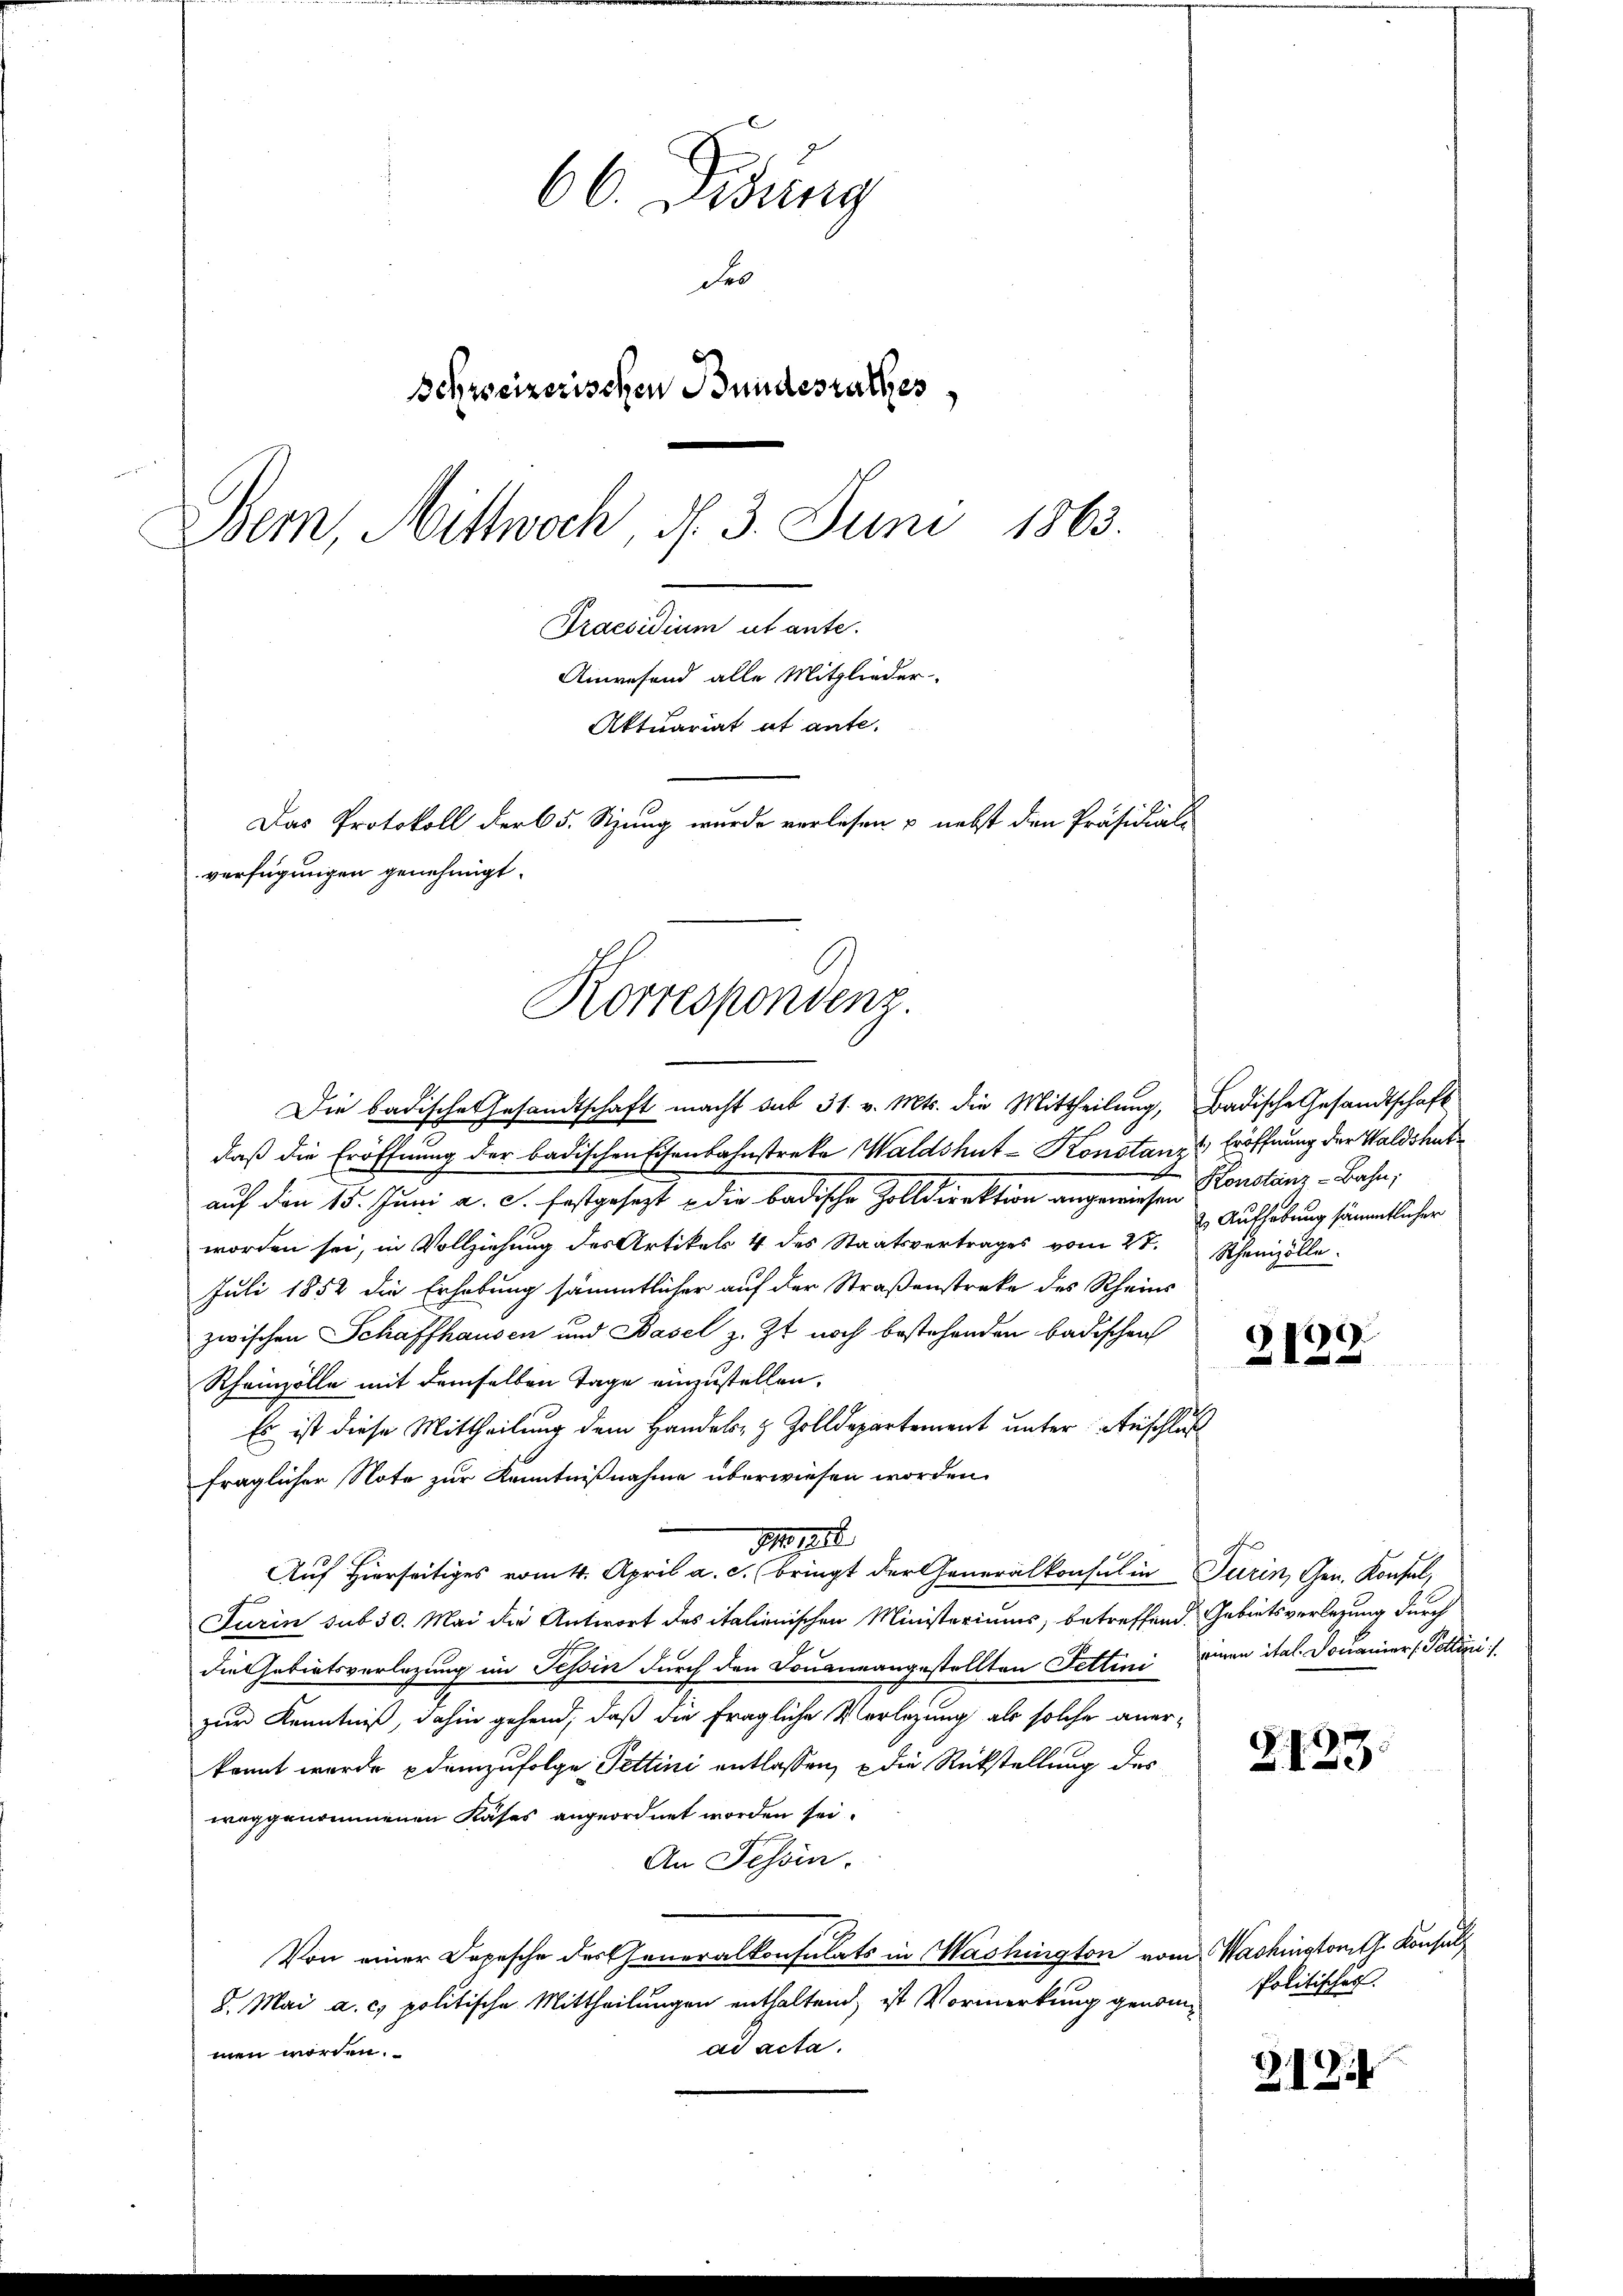
66. Fidung
Fr
Schweizerischen Bundesrathes
Bern, Mittwoch, d. 3. Juni 1863.
Praesidum abante.
Annrefend alle Mitglieder-
Aktuariat et ante-
Das Protokoll der 65. Sizung wurde verlesen & nebst den Präsidial-
verfügungen genehmigt.

Korresponvenz.
Die badische Gesandtschaft macht sub 31. v. Mts. die Mittheilung, Badische Gesandtschaft

daß die Eröffnung der badischen Eisenbahnstreke Waldshut-Konstanze Eröffnung der Waldshutauf den 15. Juni a. c. festgesezt die badische Zolldirektion angewiesen Konstanz - Bahn,
worden sei, in Vollziehung des Artikels 4 des Staatsvertrages vom 28. Rheinzölle
Juli 1852 die Erhebung sämmtlicher auf der Straßenstreke des Rheins
zwischen Schaffhausen und Basel z. Zt. noch bestehenden badischen
Rheinzölle mit demselben Tage einzustellen.
Es ist diese Mittheilung dem Handels- & Zolldepartement unter Anschluß
fraglicher Note zur Kenntnißnahme überwiesen worden.
No 1288.
Auf Hierseitiges vom 4. April a. c. bringt der Generalkonsul in Turin, Gen. Konsul,
Turin sub 30. Mai die Antwort des italienischen Ministeriums, betreffend Gebietsverlegung durch
die Gebietsverlegung im Tessin durch den Douaneangestellten Fettini einen ital. Donianier (Pottini :/
zur Kenntniß, dahin gehend, daß die fragliche Verlegung als solche anerkannt wurde demzufolge Pettini entlassen, die Rückstellung des
weggenommenen Käses angeordnet worden sei.
An Tessin.
Von einer Depesche der Generalkonsulats in Washington vom Washinstorist. Konsul
5. Mai a. c. politische Mittheilungen enthaltend, ist Vormerkung genomme Politischer
ad acta.
men worden.

2. Aufhebung sämmtlicher

)
313

2123

3 Zif